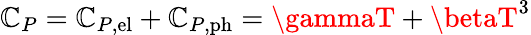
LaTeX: \mathbb{C}_{P}=\mathbb{C}_{P,\mathrm{{{el}}}}+\mathbb{C}_{P,\mathrm{{{ph}}}}=\gammaT+\betaT^{3}